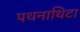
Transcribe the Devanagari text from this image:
पथनाथिटा